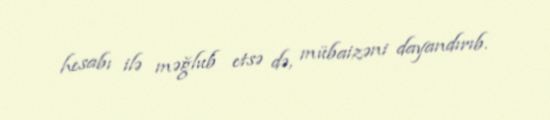
hesabı ilə məğlub etsə də, mübaizəni dayandırıb.